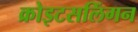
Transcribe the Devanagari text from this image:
क्रोइटसलिंगन